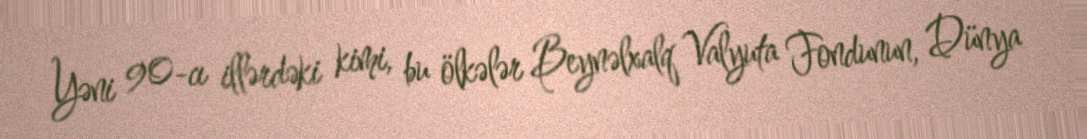
Yəni 90-cı illərdəki kimi, bu ölkələr Beynəlxalq Valyuta Fondunun, Dünya